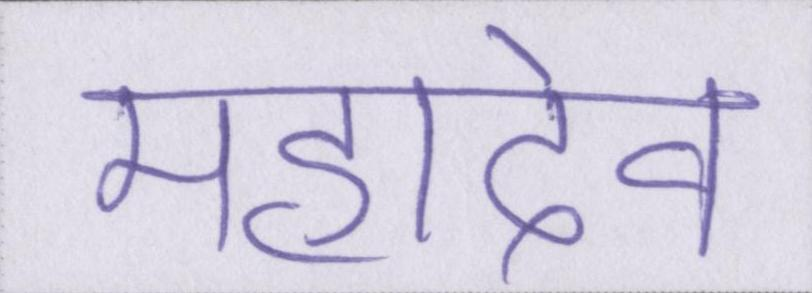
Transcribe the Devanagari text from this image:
महादेव